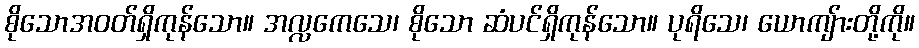
စိုသောအဝတ်ရှိကုန်သော။ အလ္လကေသေ၊ စိုသော ဆံပင်ရှိကုန်သော။ ပုရိသေ၊ ယောကျ်ားတို့ကို။